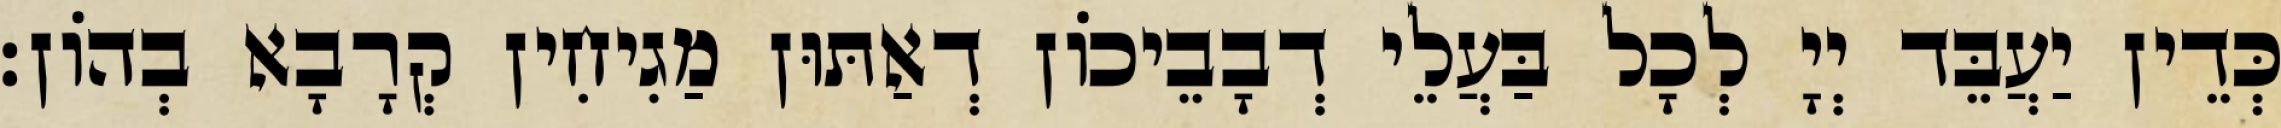
כְּדֵין יַעֲבֵּד יְיָ לְכָל בַּעֲלֵי דְבָבֵיכוֹן דְאַתּוּן מַגִיחִין קְרָבָא בְהוֹן׃